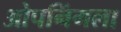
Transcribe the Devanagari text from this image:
ओपनिंगला